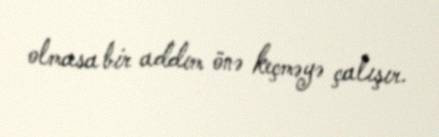
olmasa bir addım önə keçməyə çalışır.